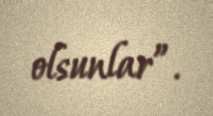
olsunlar”.